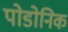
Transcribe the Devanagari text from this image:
पोडोनिक